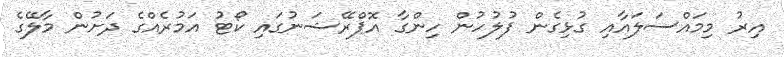
އިރު މިމައްސަލައާއި ގުޅިގެން ފުލުހުން ހިންގާ އޮޕްރޭޝަނުގައި ކޯޓު އަމުރެއްގެ ދަށުން މާލޭގެ